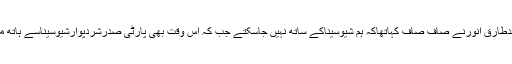
اسمبلی الیکشن کے بعدطارق انورنے صاف صاف کہاتھاکہ ہم شیوسیناکے ساتھ نہیں جاسکتے جب کہ اس وقت بھی پارٹی صدرشردپوارشیوسیناسے ہاتھ ملا نے کوبیتاب تھے۔